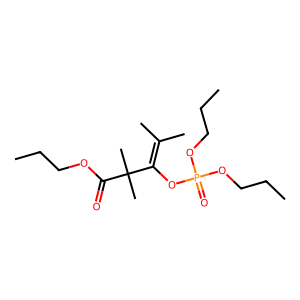
SMILES: CCCOC(=O)C(C)(C)C(OP(=O)(OCCC)OCCC)=C(C)C
Inhibits HIV replication: No